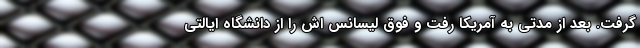
گرفت. بعد از مدتی به آمریکا رفت و فوق لیسانس اش را از دانشگاه ایالتی